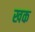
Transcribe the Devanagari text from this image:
खक